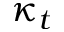
\kappa _ { t }